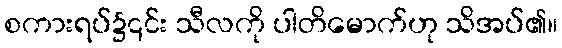
စကားရပ်၌၎င်း သီလကို ပါတိမောက်ဟု သိအပ်၏။